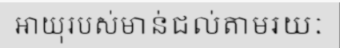
អាយុរបស់មាន់ជល់តាមរយៈ